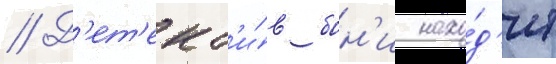
// Д'ет'ект'и́в бон'и нахо́д'ит